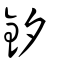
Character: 釸